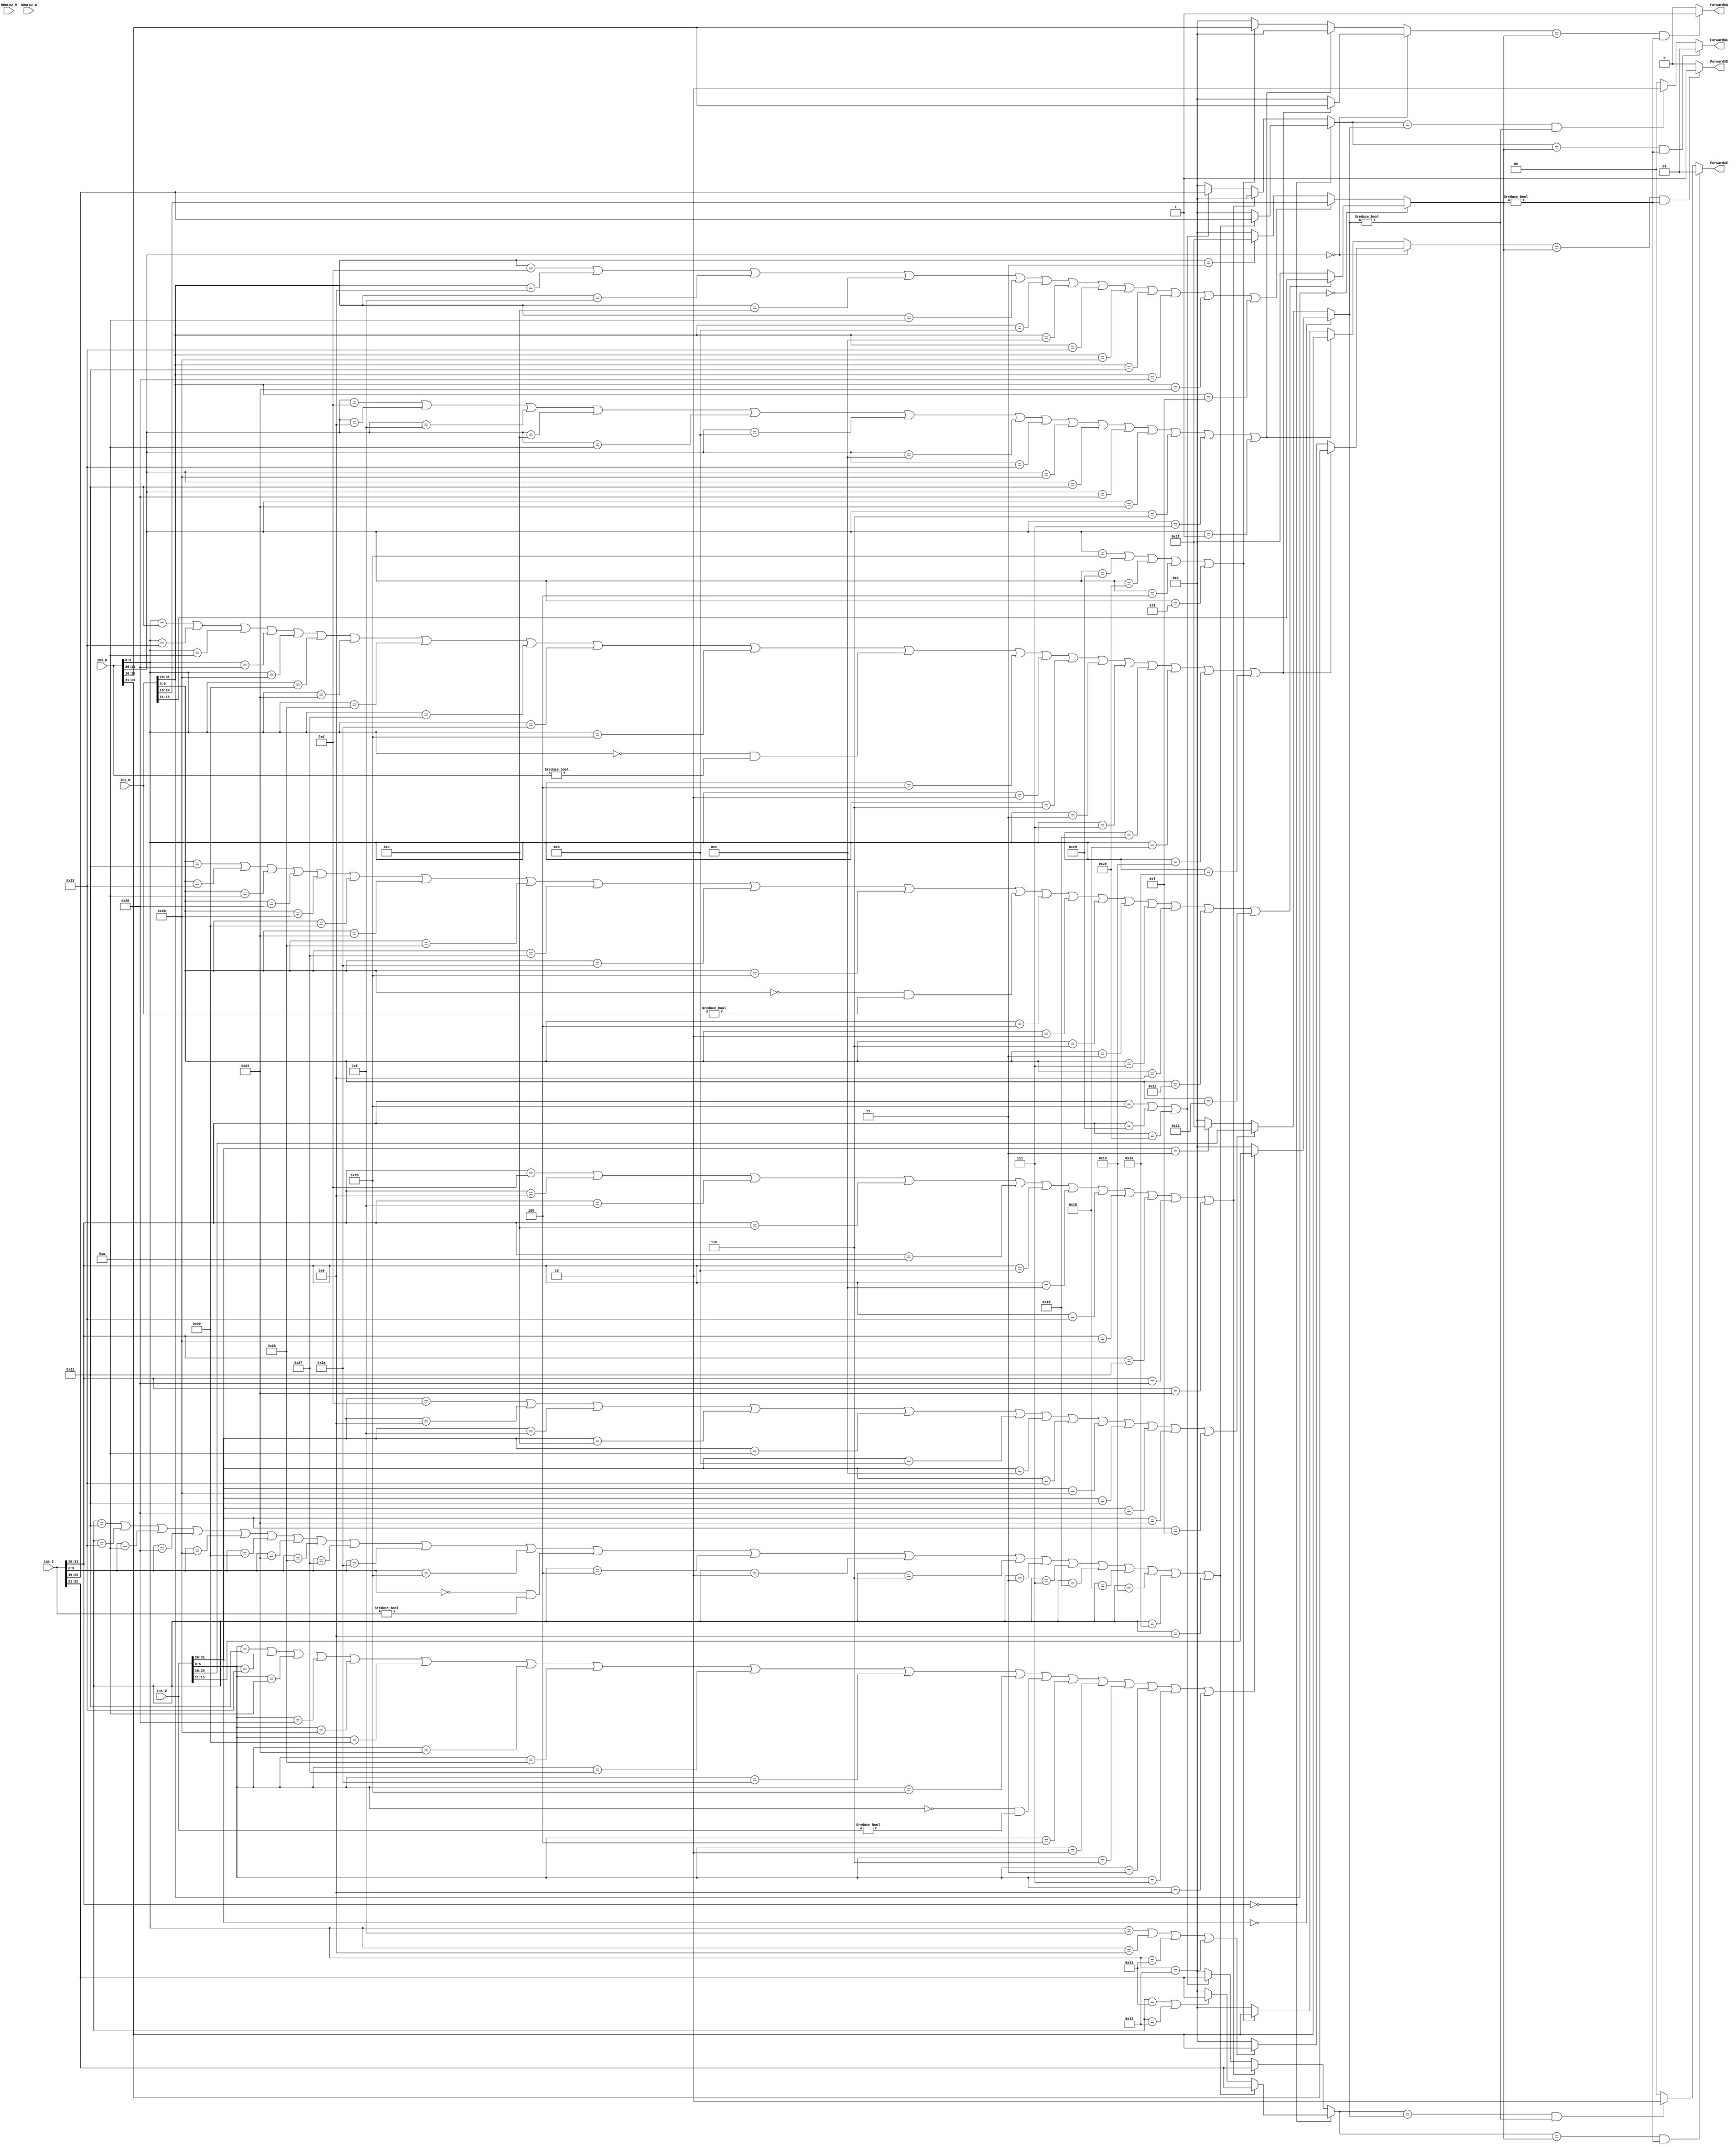
`timescale 1ns / 1ps
//////////////////////////////////////////////////////////////////////////////////
// Company: 
// Engineer: 
// 
// Design Name: 
// Module Name:    transfer 
// Project Name: 
// Target Devices: 
// Tool versions: 
// Description: 
//
// Dependencies: 
//
// Revision: 
// Revision 0.01 - File Created
// Additional Comments: 
//
//////////////////////////////////////////////////////////////////////////////////
module transfer(
	ins_D,ins_E,ins_M,ins_W,RData2_M,RData2_W,ForwardAE,ForwardBE,ForwardAD,ForwardBD//,RS_E,RT_E,RD_M,RD_W,RS_D,RT_D
    );
	input[31:0] ins_D,ins_E,ins_M,ins_W,RData2_M,RData2_W;
	output reg[1:0]  ForwardAE,ForwardBE;
	output reg ForwardAD,ForwardBD;
	reg[4:0] RS_E,RT_E,RD_M,RD_W,RS_D,RT_D;
	always @(*)
	begin
	//---------------------------------get ALU a ,b 
	RS_E=0;
	RT_E=0;
	RS_D=0;
	RT_D=0;
	RD_M=0;
	RD_W=0;
	// ===========================get RS_E,RT_E
	if(ins_E[31:26]==0)    
	begin
		if((ins_E[5:0]==6'b100001)		//addu
			||(ins_E[5:0]==6'b100011)	//subu
			||(ins_E[5:0]==6'b001010)	//
			||(ins_E[5:0]==6'b100101)	//or
			||(ins_E[5:0]==6'b100000)	//add
			||(ins_E[5:0]==6'b100010) //sub
			||(ins_E[5:0]==6'b100100) //and
			||(ins_E[5:0]==6'b100110) //xor
			||(ins_E[5:0]==6'b100111) //nor
			||(ins_E[5:0]==6'b101010) //slt
			||(ins_E[5:0]==6'b101011) //sltu
			||(ins_E[5:0]==0&&ins_E!=0) //sll
			||(ins_E[5:0]==6'b000100) //sllv
			||(ins_E[5:0]==6'b000010) //srl
			||(ins_E[5:0]==6'b000110) //srlv
			||(ins_E[5:0]==6'b000011) //sra
			||(ins_E[5:0]==6'b000111) //srav
			||(ins_E[5:0]==6'b011001)	//multu
			||(ins_E[5:0]==6'b011000)	//mult
			||(ins_E[5:0]==6'b011011) //	divu
			||(ins_E[5:0]==6'b011010) //	div
			||(ins_E[5:0]==6'b001001)	//jalr
			)
		begin
			RS_E=ins_E[25:21];
			RT_E=ins_E[20:16];
		end
		else if((ins_E[5:0]==6'b010001) //	mthi
					||(ins_E[5:0]==6'b010011) //	mtlo
					)
				RS_E=ins_E[25:21];
	end
	else if(	ins_E[31:26]==6'b001101		//ori
				||ins_E[31:26]==6'b001001	//addiu
				||ins_E[31:26]==6'b001000	//addi
				||ins_E[31:26]==6'b001100  //andi
				||ins_E[31:26]==6'b001010  //slti
				||ins_E[31:26]==6'b001011  //sltiu
				||ins_E[31:26]==6'b001110  //xori
				||ins_E[31:26]==6'b100011   //lw
				||ins_E[31:26]==6'b100000	//lb
				||ins_E[31:26]==6'b100001	//lh
				||ins_E[31:26]==6'b100101	//lhu
				||ins_E[31:26]==6'b100100	//lbu
				
				)	
		RS_E=ins_E[25:21];
	else if(ins_E[31:26]==6'b101011   //sw
				||ins_E[31:26]==6'b101001   //sh
				||ins_E[31:26]==6'b101000   //sb
				)
	begin
		RS_E=ins_E[25:21];
		RT_E=ins_E[20:16];
	end
	
	
	//=============================get RS_D  RT_D
	if(ins_D[31:26]==0)    //addu subu
	begin
		if((ins_D[5:0]==6'b100001)		//addu
			||(ins_D[5:0]==6'b100011)	//subu
			||(ins_D[5:0]==6'b001010)	//
			||(ins_D[5:0]==6'b100101)	//or
			||(ins_D[5:0]==6'b100000)	//add
			||(ins_D[5:0]==6'b100010) //sub
			||(ins_D[5:0]==6'b100100) //and
			||(ins_D[5:0]==6'b100110) //xor
			||(ins_D[5:0]==6'b100111) //nor
			||(ins_D[5:0]==6'b101010) //slt
			||(ins_D[5:0]==6'b101011) //sltu
			||(ins_D[5:0]==0&&ins_D!=0) //sll
			||(ins_D[5:0]==6'b000100) //sllv
			||(ins_D[5:0]==6'b000010) //srl
			||(ins_D[5:0]==6'b000110) //srlv
			||(ins_D[5:0]==6'b000011) //sra
			||(ins_D[5:0]==6'b000111) //srav
			||(ins_D[5:0]==6'b011001)	//multu
			||(ins_D[5:0]==6'b011000)	//mult
			||(ins_D[5:0]==6'b011011) //	divu
			||(ins_D[5:0]==6'b011010) //	div
			)
		begin
			RS_D=ins_D[25:21];
			RT_D=ins_D[20:16];
		end
		else if(ins_D[5:0]==6'b001000	//jr
					||ins_D[5:0]==6'b001001	//jalr
					||(ins_D[5:0]==6'b010001) //	mthi
					||(ins_D[5:0]==6'b010011) //	mtlo
				  )
			RS_D=ins_D[25:21];
	end
	else if(	ins_D[31:26]==6'b001101		//ori
				||ins_D[31:26]==6'b001001	//addiu
				||ins_D[31:26]==6'b001000	//addi
				||ins_D[31:26]==6'b001100  //andi
				||ins_D[31:26]==6'b001010  //slti
				||ins_D[31:26]==6'b001011  //sltiu
				||ins_D[31:26]==6'b001110  //xori
				||ins_D[31:26]==6'b100011   //lw
				||ins_D[31:26]==6'b100000	//lb
				||ins_D[31:26]==6'b100001	//lh
				||ins_D[31:26]==6'b100101	//lhu
				||ins_D[31:26]==6'b100100	//lbu
				||ins_D[31:26]==6'b000110  //blez
				||ins_D[31:26]==6'b000111   //bgtz
				||ins_D[31:26]==6'b000001   //bltz //bgez
				)	
	begin
		RS_D=ins_D[25:21];
		RT_D=0;
	end
	else if(	ins_D[31:26]==6'b101011   //sw
				||ins_D[31:26]==6'b101001   //sh
				||ins_D[31:26]==6'b101000   //sb
				||ins_D[31:26]==6'b000100   //beq
				||ins_D[31:26]==6'b000101   //bne
				)
	begin
		RS_D=ins_D[25:21];
		RT_D=ins_D[20:16];
	end
	
	//-------------------------- get RD_M
	if(ins_M[31:26]==6'b000000)    //addu subu
	begin
		if((ins_M[5:0]==6'b100001)		//addu
			||(ins_M[5:0]==6'b100011)	//subu
			||(ins_M[5:0]==6'b001010)	//
			||(ins_M[5:0]==6'b100101)	//or
			||(ins_M[5:0]==6'b100000)	//add
			||(ins_M[5:0]==6'b100010) //sub
			||(ins_M[5:0]==6'b100100) //and
			||(ins_M[5:0]==6'b100110) //xor
			||(ins_M[5:0]==6'b100111) //nor
			||(ins_M[5:0]==6'b101010) //slt
			||(ins_M[5:0]==6'b101011) //sltu
			||(ins_M[5:0]==6'b000000&&ins_M!=0) //sll
			||(ins_M[5:0]==6'b000100) //sllv
			||(ins_M[5:0]==6'b000010) //srl
			||(ins_M[5:0]==6'b000110) //srlv
			||(ins_M[5:0]==6'b000011) //sra
			||(ins_M[5:0]==6'b000111) //srav
			||(ins_M[5:0]==6'b001001) //jalr
			||(ins_M[5:0]==6'b010000) //	mfhi
			||(ins_M[5:0]==6'b010010) //	mflo
			
			)
			RD_M=ins_M[15:11];
			
	end
	else if(ins_M[31:26]==6'b001101		//ori
				||ins_M[31:26]==6'b001001	//addiu
				||ins_M[31:26]==6'b001000	//addi
				||ins_M[31:26]==6'b001100  //andi
				||ins_M[31:26]==6'b001010  //slti
				||ins_M[31:26]==6'b001011  //sltiu
				||ins_M[31:26]==6'b001110  //xori
				||ins_M[31:26]==6'b100011   //lw
				||ins_M[31:26]==6'b100000	//lb
				||ins_M[31:26]==6'b100001	//lh
				||ins_M[31:26]==6'b100101	//lhu
				||ins_M[31:26]==6'b100100	//lbu
				||ins_M[31:26]==6'b001111	//lui
				)
		RD_M=ins_M[20:16];
	else if(ins_M[31:26]==6'b000011)	//jal
		RD_M=5'b11111;

	//==============================get RD_W
	if(ins_W[31:26]==6'b000000)    //addu subu
	begin
		if((ins_W[5:0]==6'b100001)		//addu
			||(ins_W[5:0]==6'b100011)	//subu
			||(ins_W[5:0]==6'b001010)	//
			||(ins_W[5:0]==6'b100101)	//or
			||(ins_W[5:0]==6'b100000)	//add
			||(ins_W[5:0]==6'b100010) //sub
			||(ins_W[5:0]==6'b100100) //and
			||(ins_W[5:0]==6'b100110) //xor
			||(ins_W[5:0]==6'b100111) //nor
			||(ins_W[5:0]==6'b101010) //slt
			||(ins_W[5:0]==6'b101011) //sltu
			||(ins_W[5:0]==6'b000000&&ins_W!=0) //sll
			||(ins_W[5:0]==6'b000100) //sllv
			||(ins_W[5:0]==6'b000010) //srl
			||(ins_W[5:0]==6'b000110) //srlv
			||(ins_W[5:0]==6'b000011) //sra
			||(ins_W[5:0]==6'b000111) //srav
			||(ins_W[5:0]==6'b001001) //jalr
			)
		begin
			RD_W=ins_W[15:11];
		end
	end
	else if(ins_W[31:26]==6'b001101		//ori
				||ins_W[31:26]==6'b001001	//addiu
				||ins_W[31:26]==6'b001000	//addi
				||ins_W[31:26]==6'b001100  //andi
				||ins_W[31:26]==6'b001010  //slti
				||ins_W[31:26]==6'b001011  //sltiu
				||ins_W[31:26]==6'b001110  //xori
				||ins_W[31:26]==6'b100011  //lw
				||ins_W[31:26]==6'b100000	//lb
				||ins_W[31:26]==6'b100001	//lh
				||ins_W[31:26]==6'b100101	//lhu
				||ins_W[31:26]==6'b100100	//lbu
				||ins_W[31:26]==6'b001111	//lui
				)
		RD_W=ins_W[20:16];
	
	else if(ins_W[31:26]==6'b000011)	//jal
		RD_W=5'b11111;

	end
	always@(*)
	begin
		ForwardAE=0;
		ForwardBE=0;
		ForwardAD=0;
		ForwardBD=0;
		if(RS_E==RD_M&&RD_M!=0)
			ForwardAE=2'b01;
		else if(RS_E==RD_W&&RD_W!=0)
			ForwardAE=2'b10;
		if(RT_E==RD_M&&RD_M!=0)
			ForwardBE=2'b01;
		else if(RT_E==RD_W&&RD_W!=0)
			ForwardBE=2'b10;
		if(RS_D==RD_M&&RD_M!=0)
			ForwardAD=1;
		if(RT_D==RD_M&&RD_M!=0)
			ForwardBD=1;
	end
endmodule